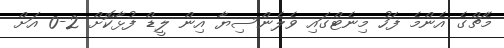
މެޗްގެ އެންމެ ފަހު މިނެޓްގައި ވެލެންސިޔާ އިން ލީޑް ފުޅާކޮށް 2-0 އަށް